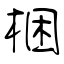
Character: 梱